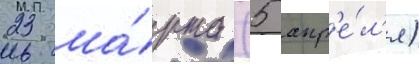
23 ма́рта (5 апр'е́л'я)